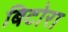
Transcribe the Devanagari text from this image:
बिटोरा